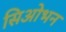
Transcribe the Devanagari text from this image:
सिओभन